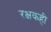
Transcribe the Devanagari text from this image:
रक्षकही